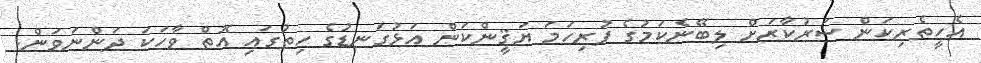
އެހީތެރިކަން ސަރުކާރަށް ލިބޭނެކަމުގެ ފުރިހަމަ ޔަޤީންކަން އަޅުގަނޑުގެ ހިތުގައި އޮތް ވާހަކަ ދަންނަވަން.